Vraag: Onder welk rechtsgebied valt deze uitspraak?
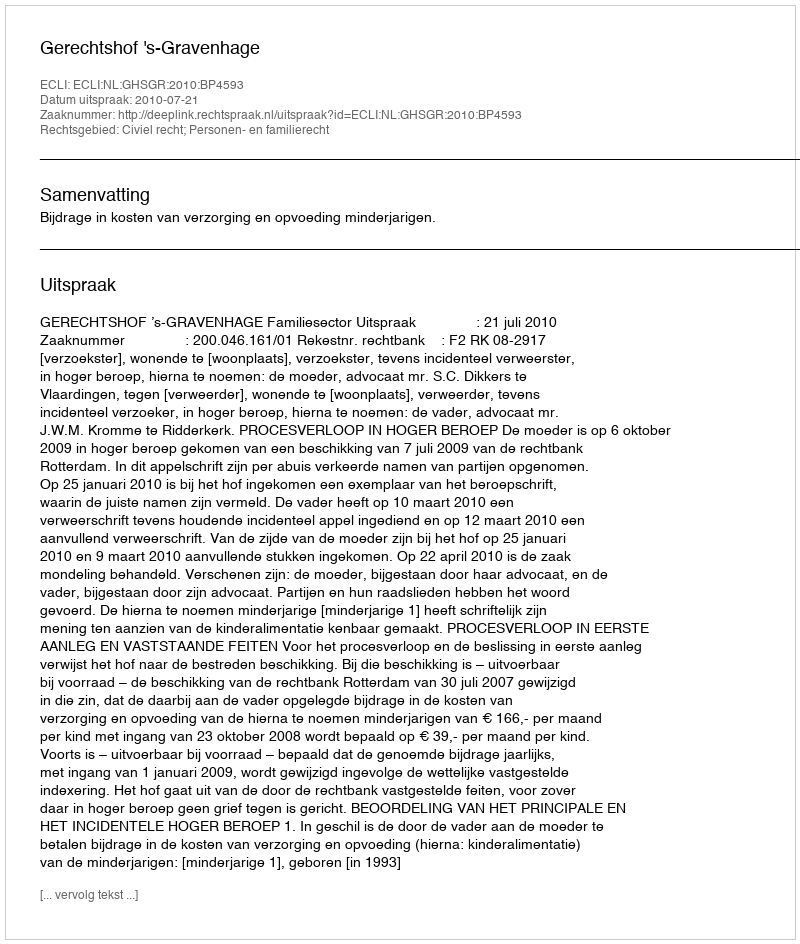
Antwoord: Civiel recht; Personen- en familierecht